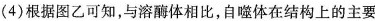
(4)根据图乙可知，与溶酶体相比，自噬体在结构上的主要